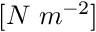
[ N \ m ^ { - 2 } ]